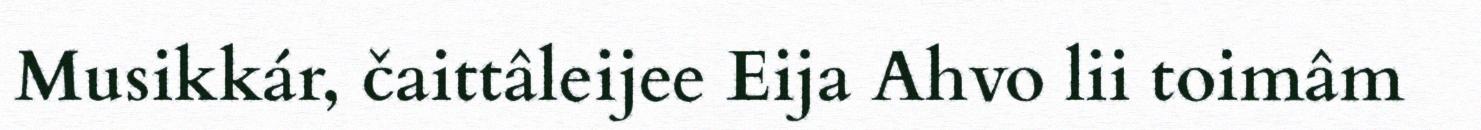
Musikkár, čaittâleijee Eija Ahvo lii toimâm